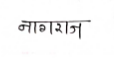
मजकूर: नागराज